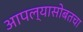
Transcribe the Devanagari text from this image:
आपल्यासोबतचा